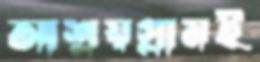
আশ্রয়গ্রামই